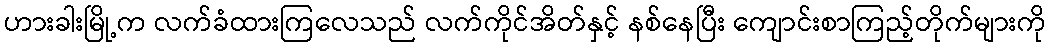
ဟားခါးမြို့က လက်ခံထားကြလေသည် လက်ကိုင်အိတ်နှင့် နစ်နေပြီး ကျောင်းစာကြည့်တိုက်များကို